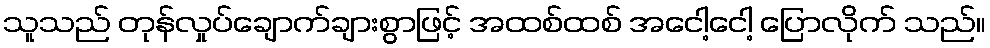
သူသည် တုန်လှုပ်ချောက်ချားစွာဖြင့် အထစ်ထစ် အငေါ့ငေါ့ ပြောလိုက် သည်။